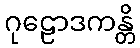
ဂုဠောဒကန္တိ